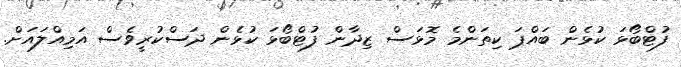
ފުޓްބޯޅަ ކުޅެން ބައްޕަ ކިތަންމެ މޮޅަސް ޒިދާން ފުޓްބޯޅަ ކުޅެން ދަސްކުރީވެސް އަމިއްލައަށް.